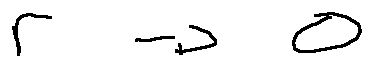
r \rightarrow 0